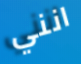
انني